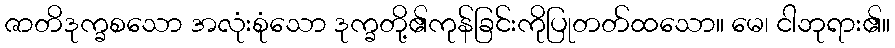
ဇာတိဒုက္ခစသော အလုံးစုံသော ဒုက္ခတို့၏ကုန်ခြင်းကိုပြုတတ်ထသော။ မေ၊ ငါဘုရား၏။